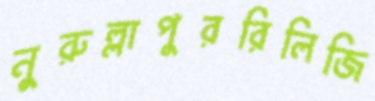
নুরুল্লাপুররিলিজি